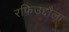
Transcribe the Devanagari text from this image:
रफिउद्दौला